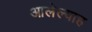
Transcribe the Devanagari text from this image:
आलेल्याह